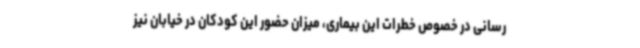
رسانی در خصوص خطرات این بیماری، میزان حضور این کودکان در خیابان نیز